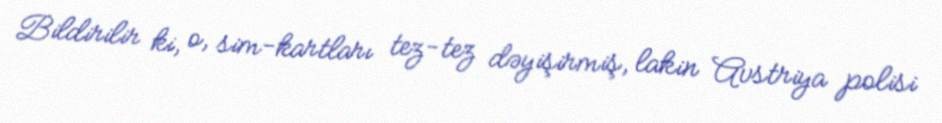
Bildirilir ki, o, sim-kartları tez-tez dəyişirmiş, lakin Avstriya polisi